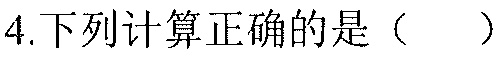
4.下列计算正确的是（  ）